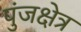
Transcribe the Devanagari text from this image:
पुंजक्षेत्र